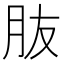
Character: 𦙓